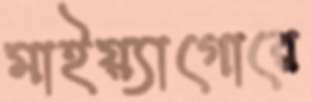
মাইয়্যাগোরে